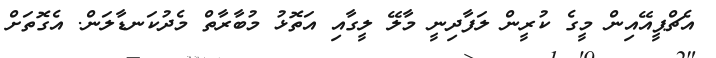
އެޗްޕީއޭއިން މީގެ ކުރީން ލަފާދިނީ މާލޭ ލީގާއި އަތޮޅު މުބާރާތް މެދުކަނޑާލަން. އެގޮތަށް